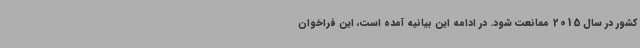
کشور در سال 2015 ممانعت شود. در ادامه این بیانیه آمده است، این فراخوان